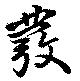
發